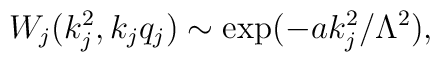
W_j(k_j^2,k_jq_j)\sim \exp(-ak_j^2/\Lambda^2),